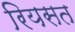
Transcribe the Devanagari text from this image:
रियसत